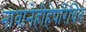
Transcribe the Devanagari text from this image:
नावानेहीहेपरिचित